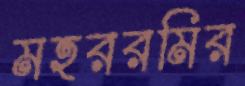
মহররমির